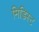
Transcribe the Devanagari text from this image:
मिडिस्ट